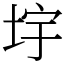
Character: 㘾